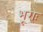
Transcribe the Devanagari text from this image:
भूराः